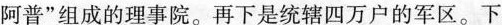
阿普”组成的理事院。再下是统辖四万户的军区。下